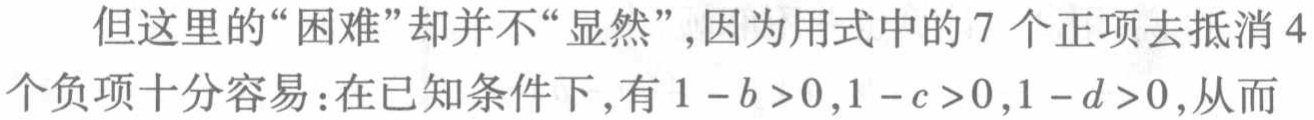
但这里的“困难”却并不“显然”,因为用式中的 7 个正项去抵消 4 个负项十分容易：在已知条件下,有 \(1 - b > 0,1 - c > 0,1 - d > 0\),从而